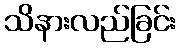
သိနားလည်ခြင်း